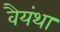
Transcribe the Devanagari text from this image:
वैयंथा